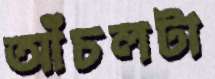
আঁচলটা